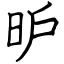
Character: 昈